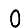
Digit: 0